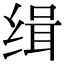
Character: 缉